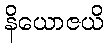
နိယောဇယိ